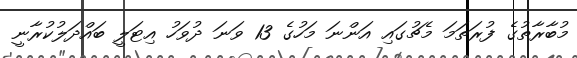
މުބާރާތުގެ ފުރަތަމަ މެޗުގައި އަންނަ މަހުގެ 13 ވަނަ ދުވަހު އިޓަލީ ބައްދަލުކުރާނީ